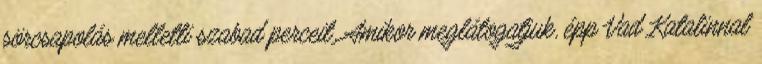
sörcsapolás melletti szabad perceit. Amikor meglátogatjuk, épp Vad Katalinnal